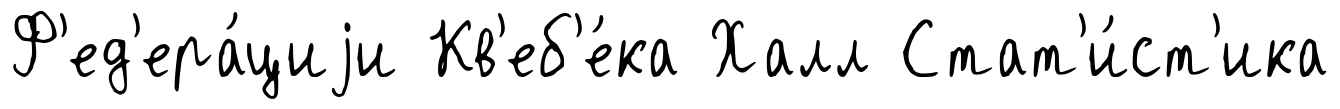
Ф'ед'ера́циjи Кв'еб'е́ка Халл Стат'и́ст'ика